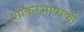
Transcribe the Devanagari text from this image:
शांकरभाष्यकी